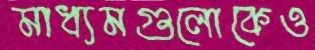
মাধ্যমগুলোকেও